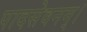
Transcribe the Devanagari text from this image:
पादसेवनम्।